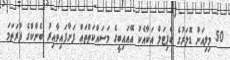
50 މިލިއަން ޑޮލަރުގެ ކެޕިޓަލް އަކާއެކު އޭއައިބީގެ މަސައްކަތްތައް ފަށާފައިވާއިރު ބެންކްގެ ފުރަތަމަ